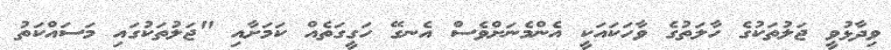
ވިދާޅުވީ ޖަލުތަކުގެ ހާލަތުގެ ވާހަކައަކީ އެންމެނަށްވެސް އެނގޭ ހަގީގަތެއް ކަމަށާއި "ޖަލުތަކުގައި މަސައްކަތު